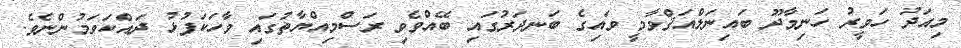
މިއަދު ހަވީރު ހަނިމާދޫ ބައިނަލްއަޤްވާމީ ވައިގެ ބަނދަރުގައި ބޭއްވެވި ރަސްމިއްޔާތުގައި ވާހަކަފުޅު ދައްކަވަމުންނެވެ.